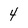
Character: 4